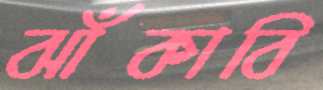
ঝাঁকাবি